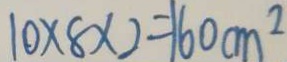
1 0 \times 8 \times 2 = 1 6 0 c m ^ { 2 }